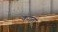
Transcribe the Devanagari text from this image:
कगता